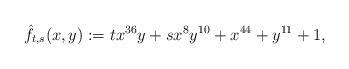
LaTeX: \begin{gather*} \hat{f}_{t,s}(x,y):=t x^{36} y + s x^{8} y^{10} + x^{44} + y^{11} + 1,\end{gather*}